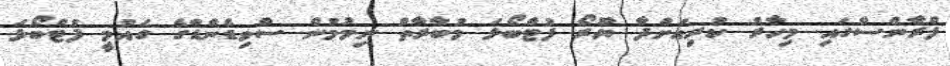
ފްރާންސްގައި މިހާރު ކުރިއަށްދާ ޔޫރޯ ފުޓްބޯޅަ މުބާރާތް ނިމުމުން ސްވިޑެންޑްގެ ގައުމީ ފުޓްބޯޅަ